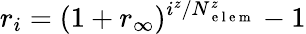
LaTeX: r_{i}=(1+r_{\infty})^{i^{z}/N_{\mathrm{~e~l~e~m~}}^{z}}-1